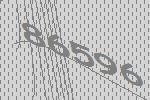
86596